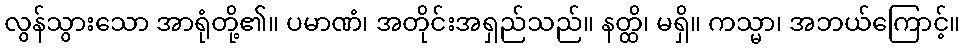
လွန်သွားသော အာရုံတို့၏။ ပမာဏံ၊ အတိုင်းအရှည်သည်။ နတ္ထိ၊ မရှိ။ ကသ္မာ၊ အဘယ်ကြောင့်။